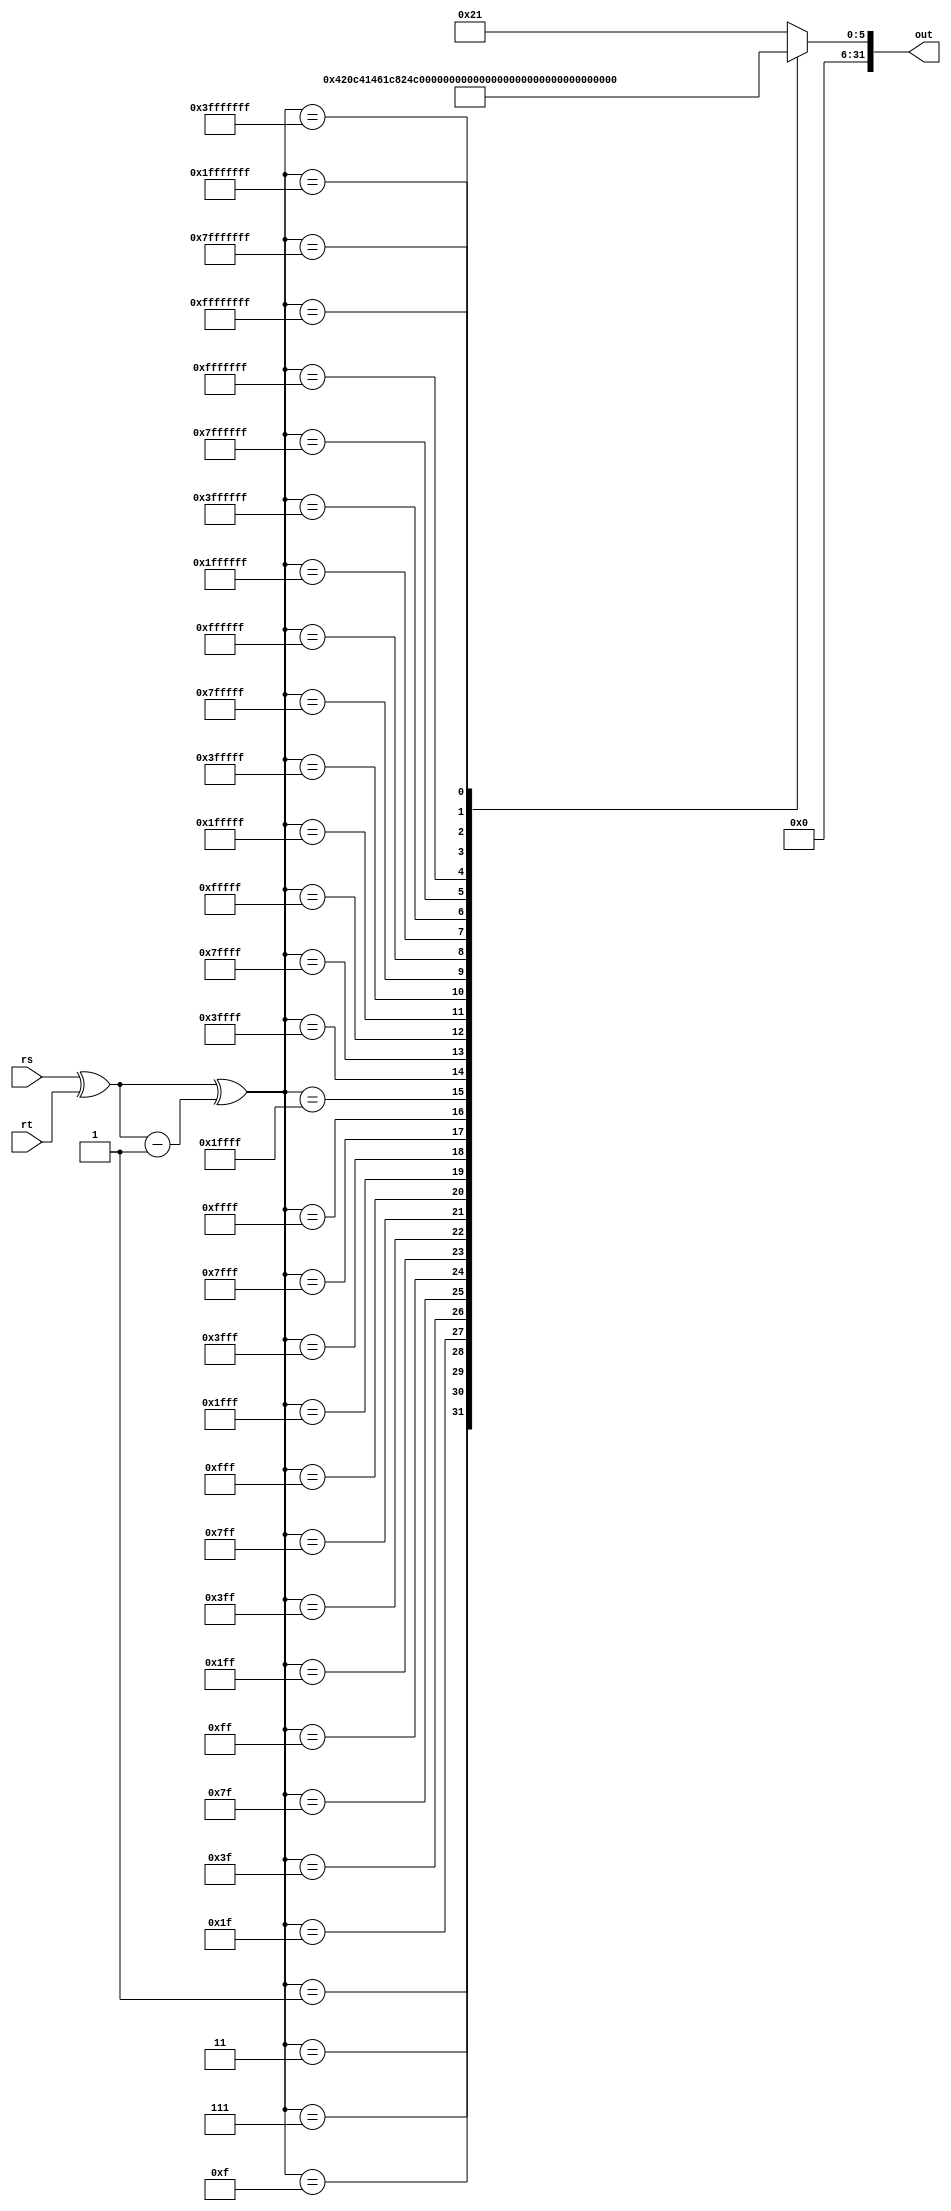
`timescale 1ns / 1ps
//////////////////////////////////////////////////////////////////////////////////
// name - Amit Kumar, Nikhil Saraswat
// Roll- 20CS30003, 20CS10039
// COA - KGP_RISC
//////////////////////////////////////////////////////////////////////////////////
module Diff(rs, rt, out
    );
	 input [31:0] rs;
	 input [31:0] rt;
	 output reg [31:0] out;
	 reg [31:0] temp;
	 always @(*) begin
		temp = rs ^ rt;
		temp = temp ^ (temp-1);
	 
		case(temp)
			32'b1 : out = 32'd1;
			32'b11 : out = 32'd2;
			32'b111 : out = 32'd3;
			32'b1111 : out = 32'd4;
			
			32'b11111 : out = 32'd5;
			32'b111111 : out = 32'd6;
			32'b1111111 : out = 32'd7;
			32'b11111111 : out = 32'd8;
			
			32'b111111111 : out = 32'd9;
			32'b1111111111 : out = 32'd10;
			32'b11111111111 : out = 32'd11;
			32'b111111111111 : out = 32'd12;
			
			32'b1111111111111 : out = 32'd13;
			32'b11111111111111 : out = 32'd14;
			32'b111111111111111 : out = 32'd15;
			32'b1111111111111111 : out = 32'd16;
			
			
			32'b11111111111111111 : out = 32'd17;
			32'b111111111111111111 : out = 32'd18;
			32'b1111111111111111111 : out = 32'd19;
			32'b11111111111111111111 : out = 32'd20;
			
			32'b111111111111111111111 : out = 32'd21;
			32'b1111111111111111111111 : out = 32'd22;
			32'b11111111111111111111111 : out = 32'd23;
			32'b111111111111111111111111 : out = 32'd24;
			
			32'b1111111111111111111111111 : out = 32'd25;
			32'b11111111111111111111111111 : out = 32'd26;
			32'b111111111111111111111111111 : out = 32'd27;
			32'b1111111111111111111111111111 : out = 32'd28;
			
			32'b11111111111111111111111111111 : out = 32'd29;
			32'b111111111111111111111111111111 : out = 32'd30;
			32'b1111111111111111111111111111111 : out = 32'd31;
			32'b11111111111111111111111111111111 : out = 32'd32;

			default : out = 32'd33;
		endcase
	 end

endmodule